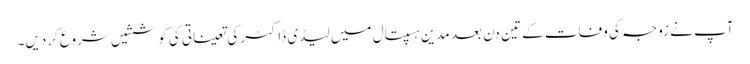
آپ نے زوجہ کی وفات کے تین دن بعد مدین ہسپتال میں لیڈی ڈاکٹر کی تعیناتی کی کوششیں شروع کردیں۔